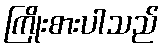
ကြိုးစားပါသည်